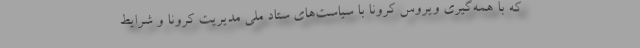
که با همه‌گیری ویروس کرونا با سیاست‌های ستاد ملی مدیریت کرونا و شرایط